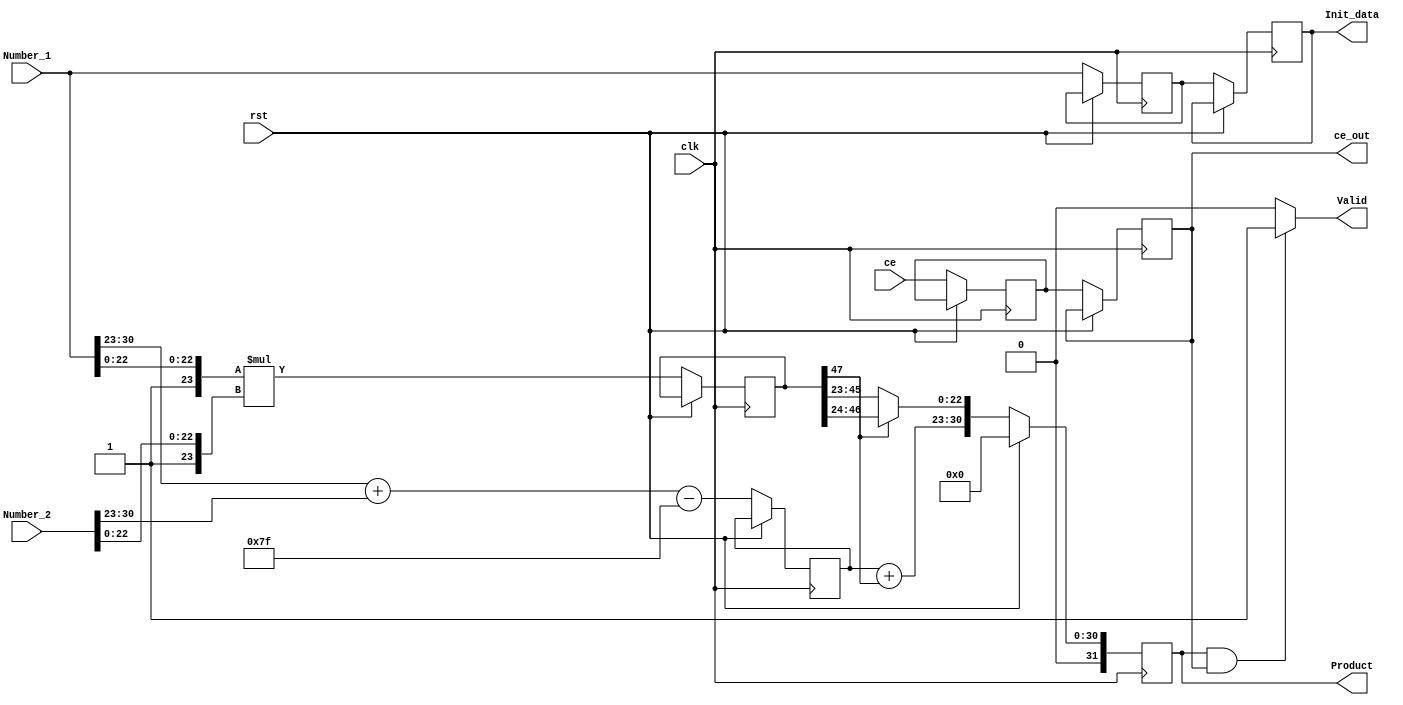
`timescale 1ns / 1ps

//Registers
//////////////////////////////////////////////////////////////////////////////////
module Multiplication(
    input wire clk,
    input wire rst,
    input wire ce,
    input wire [31:0] Number_1,
    input wire [31:0] Number_2,
    
    output reg [31:0] Product,
    output reg [31:0] Init_data,
    output reg Valid,
    output reg ce_out
);

reg [47:0] M_Square, M_Square_nxt;
reg [31:0] Product_nxt, Init_temp;
reg [7:0]  E_Square, E_Square_nxt;
reg ce_out_nxt;

localparam Sign = 1'b0;
//////////////////////////////////////////////////////////////////////////////////

//Always
//////////////////////////////////////////////////////////////////////////////////
always@ (posedge clk) begin
    if(rst) begin
        Product <= 0;
        end
    else if(!ce_out) begin
        Product  <= Product_nxt;
        E_Square <= E_Square_nxt;
        M_Square <= M_Square_nxt;
        
        Init_temp <= Number_1;
        Init_data <= Init_temp;
        ce_out_nxt <= ce;
        ce_out <= ce_out_nxt;
        end
    else begin
        Product  <= Product_nxt;
        E_Square <= E_Square_nxt;
        M_Square <= M_Square_nxt;
        
        Init_temp <= Number_1;
        Init_data <= Init_temp;
        ce_out_nxt <= ce;
        ce_out <= ce_out_nxt;
        end
    end
//////////////////////////////////////////////////////////////////////////////////

// Mul operations
//////////////////////////////////////////////////////////////////////////////////
always@* begin 
    E_Square_nxt = Number_1[30:23] + Number_2[30:23] - 127;            //Add exps
    M_Square_nxt = ( {1'b1, Number_1[22:0]} * {1'b1, Number_2[22:0]} );//Mul manti
    
    Product_nxt = {Sign, E_Square + M_Square[47], ( M_Square[47] ? M_Square[46:24] : M_Square[45:23] )};    //(Sign) + (Exponent+overflow) + (RoundMatni)
    
    if(Product && ce_out) Valid = 1'b1;
    else Valid = 1'b0;
end
//////////////////////////////////////////////////////////////////////////////////

endmodule
//////////////////////////////////////////////////////////////////////////////////